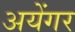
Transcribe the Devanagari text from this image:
अयेंगर